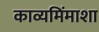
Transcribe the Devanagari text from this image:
काव्यमिंमाशा